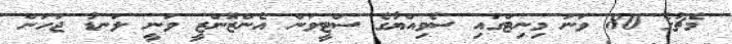
މެޗުގެ 80 ވަނަ މިނިޓްގައި ސެވިއްޔާގެ ސްޓީވަން އެންޒޮންޒީ ވަނީ ލަނޑު ޖަހަން